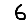
Digit: 6